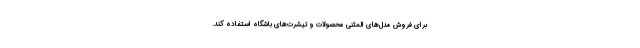
برای فروش مدل‌های المثنی محصولات و تیشرت‌های باشگاه استفاده کند.